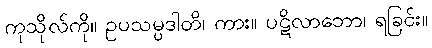
ကုသိုလ်ကို။ ဥပသမ္ပဒါတိ၊ ကား။ ပဋိလာဘော၊ ရခြင်း။